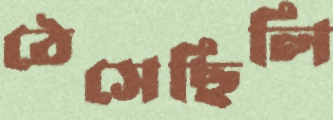
ঠেসেছিলি